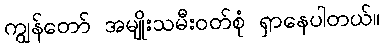
ကျွန်တော် အမျိုးသမီးဝတ်စုံ ရှာနေပါတယ်။